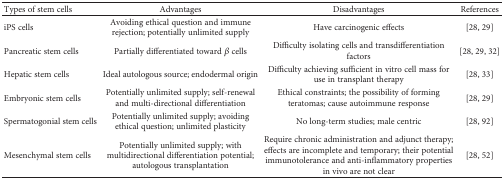
<table><thead><tr><td><b>Types of stem cells</b></td><td><b>Advantages</b></td><td><b>Disadvantages</b></td><td><b>References</b></td></tr></thead><tbody><tr><td>iPS cells</td><td>Avoiding ethical question and immune rejection; potentially unlimited supply</td><td>Have carcinogenic effects</td><td>[28, 29]</td></tr><tr><td>Pancreatic stem cells</td><td>Partially differentiated toward <i>β</i> cells</td><td>Difficulty isolating cells and transdifferentiation factors</td><td>[28, 29, 32]</td></tr><tr><td>Hepatic stem cells</td><td>Ideal autologous source; endodermal origin</td><td>Difficulty achieving sufficient in vitro cell mass for use in transplant therapy</td><td>[28, 33]</td></tr><tr><td>Embryonic stem cells</td><td>Potentially unlimited supply; self-renewal and multi-directional differentiation</td><td>Ethical constraints; the possibility of forming teratomas; cause autoimmune response</td><td>[28, 29]</td></tr><tr><td>Spermatogonial stem cells</td><td>Potentially unlimited supply; avoiding ethical question; unlimited plasticity</td><td>No long-term studies; male centric</td><td>[28, 92]</td></tr><tr><td>Mesenchymal stem cells</td><td>Potentially unlimited supply; with multidirectional differentiation potential; autologous transplantation</td><td>Require chronic administration and adjunct therapy; effects are incomplete and temporary; their potential immunotolerance and anti-inflammatory properties in vivo are not clear</td><td>[28, 52]</td></tr></tbody></table>